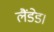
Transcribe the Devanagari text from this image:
लैंडेड।